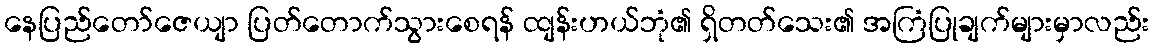
နေပြည်တော်ဇေယျာ ပြတ်တောက်သွားစေရန် ထျန်းဟယ်ဘုံ၏ ရှိတတ်သေး၏ အကြံပြုချက်များမှာလည်း